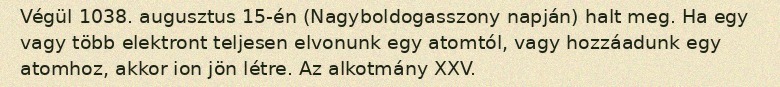
Végül 1038. augusztus 15-én (Nagyboldogasszony napján) halt meg. Ha egy vagy több elektront teljesen elvonunk egy atomtól, vagy hozzáadunk egy atomhoz, akkor ion jön létre. Az alkotmány XXV.